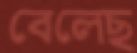
বেলেছ